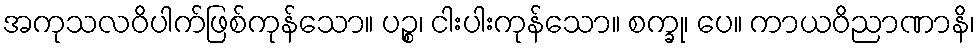
အကုသလဝိပါက်ဖြစ်ကုန်သော။ ပဉ္စ၊ ငါးပါးကုန်သော။ စက္ခု၊ ပေ။ ကာယဝိညာဏာနိ၊